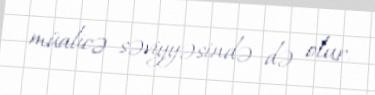
müalicə səviyyəsində də olur.